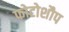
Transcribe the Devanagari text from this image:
फोटोशौप